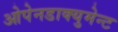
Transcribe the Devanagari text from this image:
ओपेनडाक्युमेन्ट